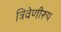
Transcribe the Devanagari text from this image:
त्रिवेणीरूप